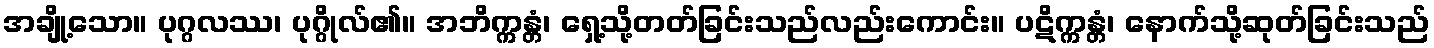
အချို့သော။ ပုဂ္ဂလဿ၊ ပုဂ္ဂိုလ်၏။ အဘိက္ကန္တံ၊ ရှေ့သို့တတ်ခြင်းသည်လည်းကောင်း။ ပဋိက္ကန္တံ၊ နောက်သို့ဆုတ်ခြင်းသည်